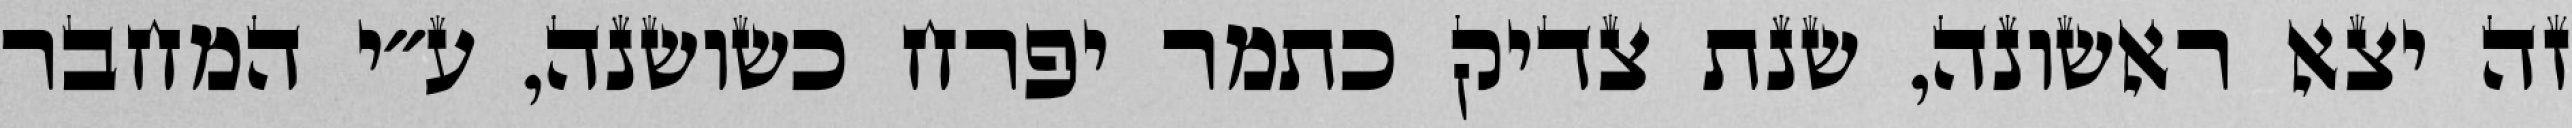
זה יצא ראשונה, שנת צדיק כתמר יפרח כשושנה, ע״י המחבר